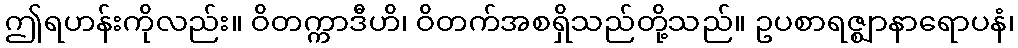
ဤရဟန်းကိုလည်း။ ဝိတက္ကာဒီဟိ၊ ဝိတက်အစရှိသည်တို့သည်။ ဥပစာရဇ္ဈာနာရောပနံ၊